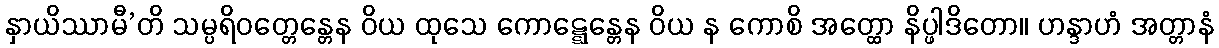
နှာယိဿာမီ’တိ သမ္ပရိဝတ္တေန္တေန ဝိယ ထုသေ ကောဋ္ဋေန္တေန ဝိယ န ကောစိ အတ္ထော နိပ္ဖါဒိတော။ ဟန္ဒာဟံ အတ္တာနံ